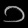
Digit: ၁